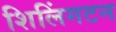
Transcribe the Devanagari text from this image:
शिलिंगटन